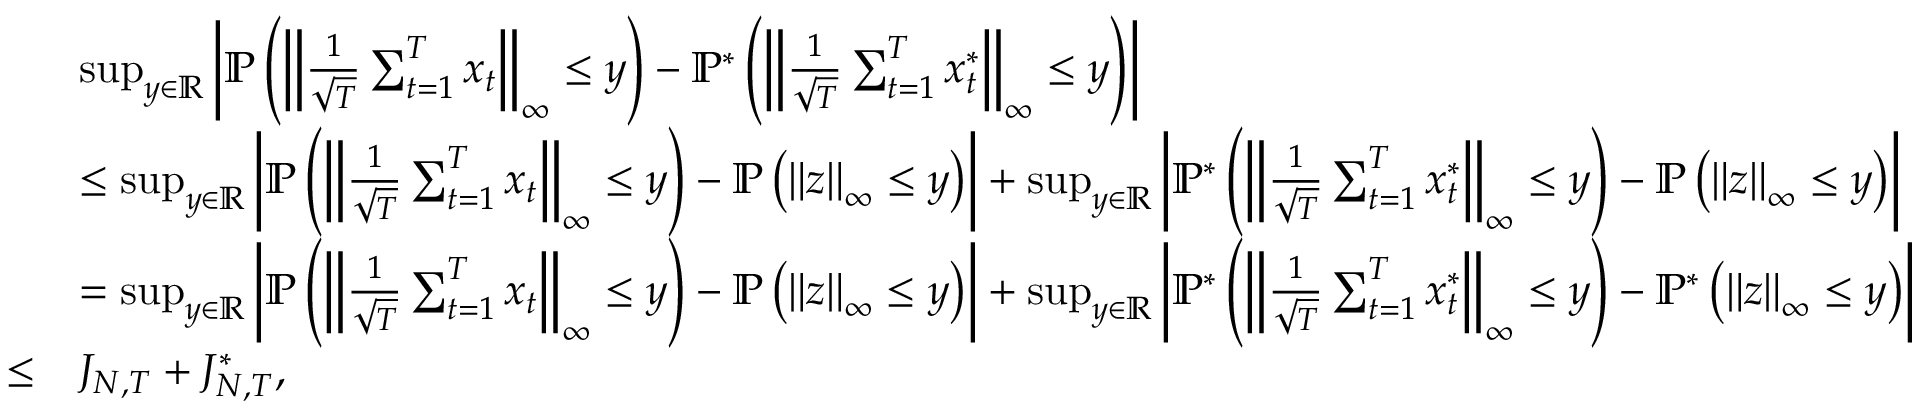
\begin{array} { r l } & { \operatorname* { s u p } _ { y \in \mathbb { R } } \left\lvert \mathbb { P } \left( \left\lVert \frac { 1 } { \sqrt { T } } \sum _ { t = 1 } ^ { T } \boldsymbol { x } _ { t } \right\rVert _ { \infty } \leq y \right) - \mathbb { P } ^ { * } \left( \left\lVert \frac { 1 } { \sqrt { T } } \sum _ { t = 1 } ^ { T } \boldsymbol { x } _ { t } ^ { * } \right\rVert _ { \infty } \leq y \right) \right\rvert } \\ & { \leq \operatorname* { s u p } _ { y \in \mathbb { R } } \left\lvert \mathbb { P } \left( \left\lVert \frac { 1 } { \sqrt { T } } \sum _ { t = 1 } ^ { T } \boldsymbol { x } _ { t } \right\rVert _ { \infty } \leq y \right) - \mathbb { P } \left( \left\lVert \boldsymbol { z } \right\rVert _ { \infty } \leq y \right) \right\rvert + \operatorname* { s u p } _ { y \in \mathbb { R } } \left\lvert \mathbb { P } ^ { * } \left( \left\lVert \frac { 1 } { \sqrt { T } } \sum _ { t = 1 } ^ { T } \boldsymbol { x } _ { t } ^ { * } \right\rVert _ { \infty } \leq y \right) - \mathbb { P } \left( \left\lVert \boldsymbol { z } \right\rVert _ { \infty } \leq y \right) \right\rvert } \\ & { = \operatorname* { s u p } _ { y \in \mathbb { R } } \left\lvert \mathbb { P } \left( \left\lVert \frac { 1 } { \sqrt { T } } \sum _ { t = 1 } ^ { T } \boldsymbol { x } _ { t } \right\rVert _ { \infty } \leq y \right) - \mathbb { P } \left( \left\lVert \boldsymbol { z } \right\rVert _ { \infty } \leq y \right) \right\rvert + \operatorname* { s u p } _ { y \in \mathbb { R } } \left\lvert \mathbb { P } ^ { * } \left( \left\lVert \frac { 1 } { \sqrt { T } } \sum _ { t = 1 } ^ { T } \boldsymbol { x } _ { t } ^ { * } \right\rVert _ { \infty } \leq y \right) - \mathbb { P } ^ { * } \left( \left\lVert \boldsymbol { z } \right\rVert _ { \infty } \leq y \right) \right\rvert } \\ { \leq } & { { J _ { N , T } } + { J _ { N , T } ^ { * } } , } \end{array}